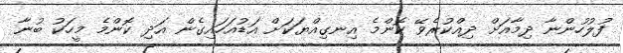
ފުލުހުންނާ ދިމާއަށް ދިއްކުރެވޭ ކޮންމެ އިނގިއްޔަކަށް އަޑުއަހައިގެން އަދި ކޮންމެ މީހަކު ބުނާ